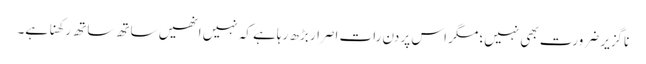
ناگزیر ضرورت بھی نہیں؛ مگر اس پر دن رات اصرار بڑھ رہاہے کہ نہیں انھیں ساتھ ساتھ رکھنا ہے۔